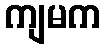
ကျမက